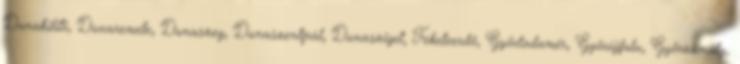
Dunakiliti, Dunaremete, Dunaszeg, Dunaszentpál, Dunasziget, Feketeerdő, Győrladamér, Győrújfalu, Győrzámoly,